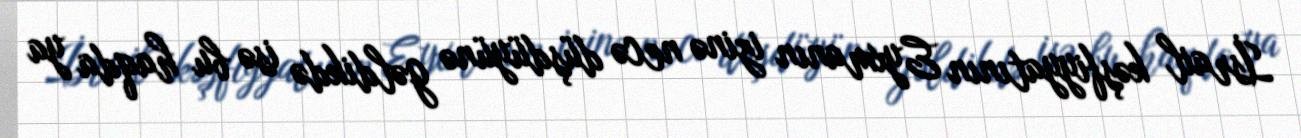
İsrail kəşfiyyatının Eyxmanın izinə necə düşdüyünə gəldikdə isə bu haqda ya